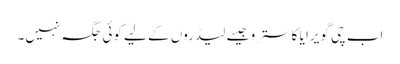
اب چی گویرا یا کاسترو جیسے لیڈروں کے لیے کوئی جگہ نہیں۔